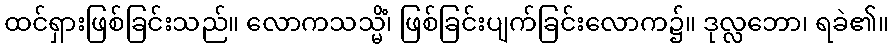
ထင်ရှားဖြစ်ခြင်းသည်။ လောကသသ္မိံ၊ ဖြစ်ခြင်းပျက်ခြင်းလောက၌။ ဒုလ္လဘော၊ ရခဲ၏။